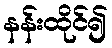
နန်းထိုင်၍